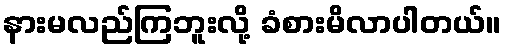
နားမလည်ကြဘူးလို့ ခံစားမိလာပါတယ်။